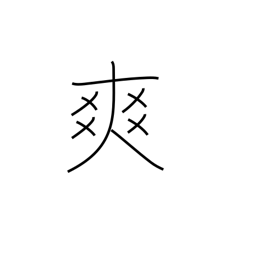
Meaning: resonant